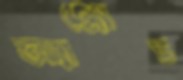
অ্যাপ্রোচ